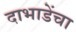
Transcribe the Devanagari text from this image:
दाभाडेंचा